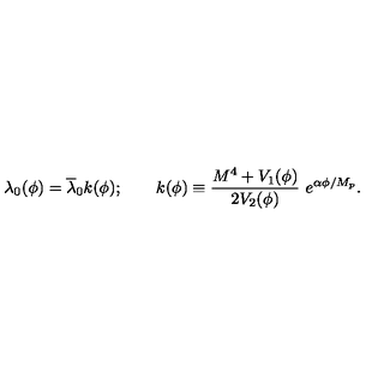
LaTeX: \lambda _ { 0 } ( \phi ) = \overline { { \lambda } } _ { 0 } k ( \phi ) ; \qquad k ( \phi ) \equiv \frac { M ^ { 4 } + V _ { 1 } ( \phi ) } { 2 V _ { 2 } ( \phi ) } \ e ^ { \alpha \phi / M _ { p } } .